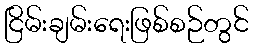
ငြိမ်းချမ်းရေးဖြစ်စဉ်တွင်